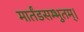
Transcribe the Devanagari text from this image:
मार्तंडसम्भुतम्।